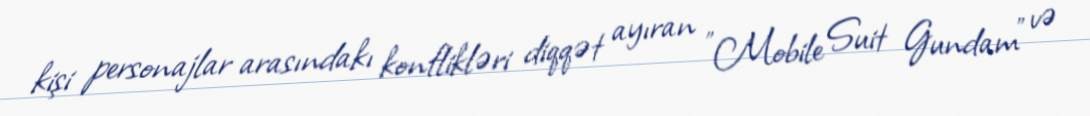
kişi personajlar arasındakı konflikləri diqqət ayıran "Mobile Suit Gundam" və